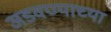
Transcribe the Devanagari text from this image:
अडवण्याच्या